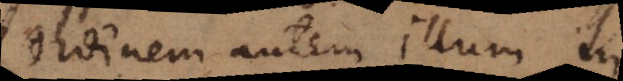
ordinem autem illum in